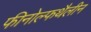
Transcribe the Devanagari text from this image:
फीनोल्फथैलीन